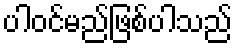
ပါဝင်မည်ဖြစ်ပါသည်